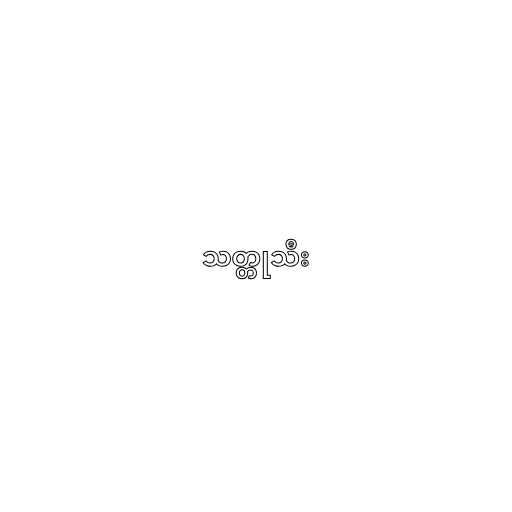
သတ္တုသီး